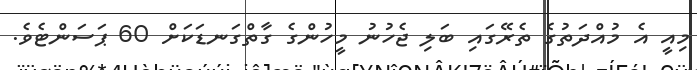
މިއީ އެ މުއްދަތުގެ ތެރޭގައި ބަލި ޖެހުނު މީހުންގެ ގާތްގަނޑަކަށް 60 ޕަަސަންޓެވެ.